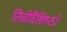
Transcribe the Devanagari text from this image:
तिचीवैशिष्ट्ये